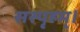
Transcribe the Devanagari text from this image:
सस्पृहम्।